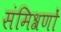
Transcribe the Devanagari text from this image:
संमिश्रणों